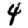
Digit: 4